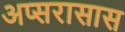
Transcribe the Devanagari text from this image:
अप्सरासास